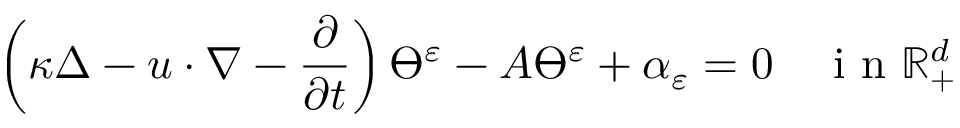
\left( \kappa \Delta - u \cdot \nabla - \frac { \partial } { \partial t } \right) \varTheta ^ { \varepsilon } - A \varTheta ^ { \varepsilon } + \alpha _ { \varepsilon } = 0 \quad \textrm { i n } \mathbb { R } _ { + } ^ { d }